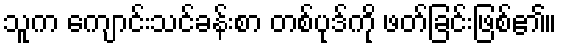
သူက ကျောင်းသင်ခန်းစာ တစ်ပုဒ်ကို ဖတ်ခြင်းဖြစ်၏။